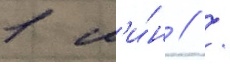
1 м'и́н // /